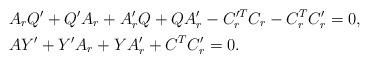
LaTeX: \begin{align*}& A_r Q' +Q' A_r+A'_r Q+Q A'_r- C'^T_r C_r-C^T_r C'_r =0, \\& AY'+Y'A_r+YA'_r+C^TC'_r =0. \end{align*}